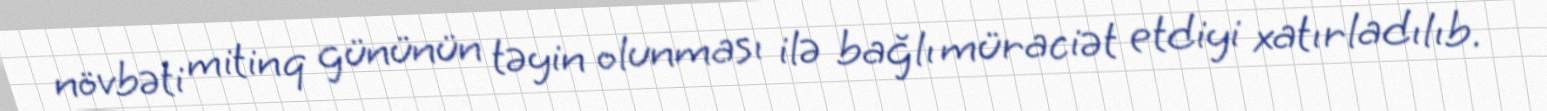
növbəti mitinq gününün təyin olunması ilə bağlı müraciət etdiyi xatırladılıb.